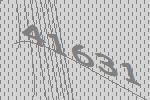
41631